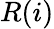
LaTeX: R(i)